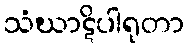
သံဃာဋိပါရုတာ